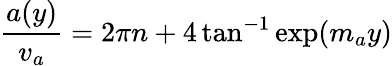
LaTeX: \frac{a(y)}{v_{a}}=2\pi n+4\tan^{-1}\exp(m_{a}y)